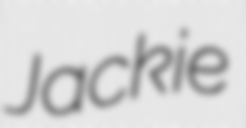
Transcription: Jackie